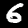
Label: 6